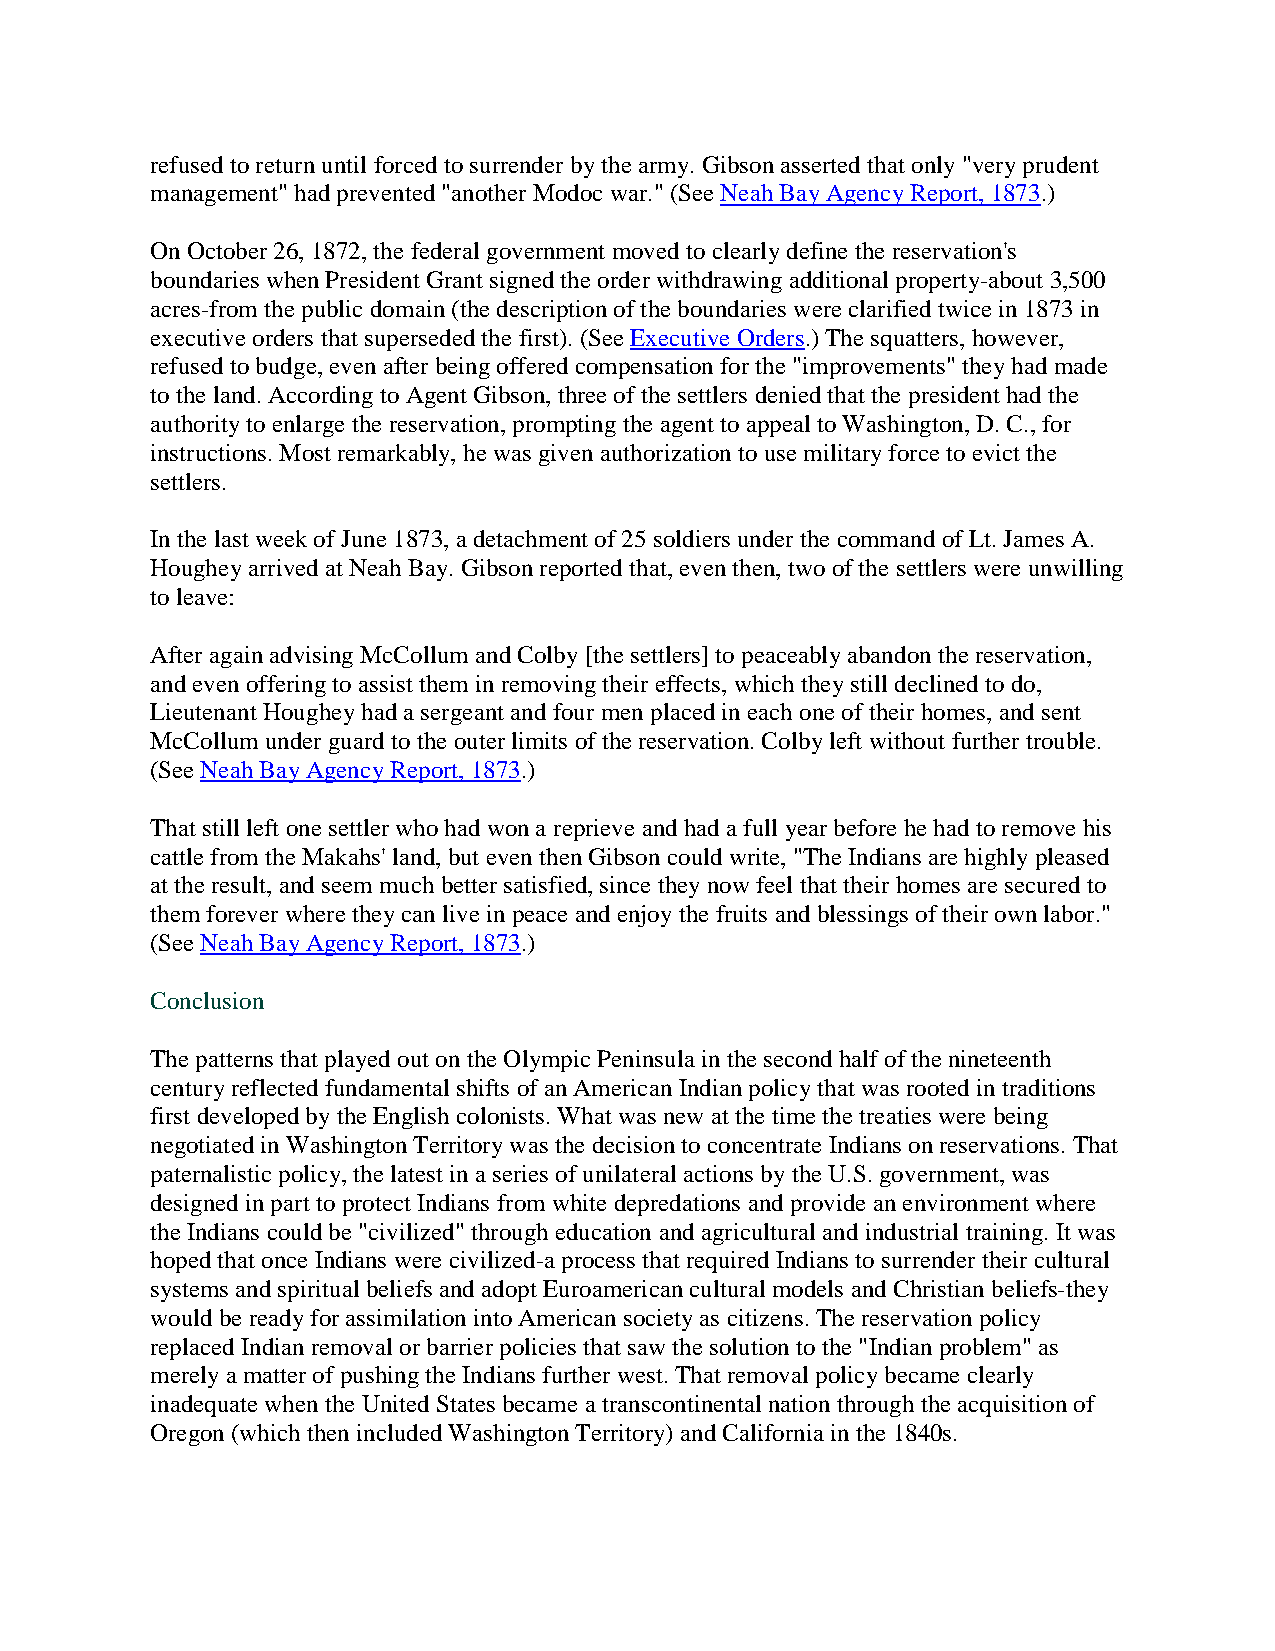
refused to return until forced to surrender by the army. Gibson asserted that only "very prudent
 management" had prevented "another Modoc war." (See Neah Bay Agency Report, 1873.)
 On October 26, 1872, the federal government moved to clearly define the reservation's
 boundaries when President Grant signed the order withdrawing additional property-about 3,500
 acres-from the public domain (the description of the boundaries were clarified twice in 1873 in
 executive orders that superseded the first). (See Executive Orders.) The squatters, however,
 refused to budge, even after being offered compensation for the "improvements" they had made
 to the land. According to Agent Gibson, three of the settlers denied that the president had the
 authority to enlarge the reservation, prompting the agent to appeal to Washington, D. C., for
 instructions. Most remarkably, he was given authorization to use military force to evict the
 settlers.
 In the last week of June 1873, a detachment of 25 soldiers under the command of Lt. James A.
 Houghey arrived at Neah Bay. Gibson reported that, even then, two of the settlers were unwilling
 to leave:
 After again advising McCollum and Colby [the settlers] to peaceably abandon the reservation,
 and even offering to assist them in removing their effects, which they still declined to do,
 Lieutenant Houghey had a sergeant and four men placed in each one of their homes, and sent
 McCollum under guard to the outer limits of the reservation. Colby left without further trouble.
 (See Neah Bay Agency Report, 1873.)
 That still left one settler who had won a reprieve and had a full year before he had to remove his
 cattle from the Makahs' land, but even then Gibson could write, "The Indians are highly pleased
 at the result, and seem much better satisfied, since they now feel that their homes are secured to
 them forever where they can live in peace and enjoy the fruits and blessings of their own labor."
 (See Neah Bay Agency Report, 1873.)
 Conclusion
 The patterns that played out on the Olympic Peninsula in the second half of the nineteenth
 century reflected fundamental shifts of an American Indian policy that was rooted in traditions
 first developed by the English colonists. What was new at the time the treaties were being
 negotiated in Washington Territory was the decision to concentrate Indians on reservations. That
 paternalistic policy, the latest in a series of unilateral actions by the U.S. government, was
 designed in part to protect Indians from white depredations and provide an environment where
 the Indians could be "civilized" through education and agricultural and industrial training. It was
 hoped that once Indians were civilized-a process that required Indians to surrender their cultural
 systems and spiritual beliefs and adopt Euroamerican cultural models and Christian beliefs-they
 would be ready for assimilation into American society as citizens. The reservation policy
 replaced Indian removal or barrier policies that saw the solution to the "Indian problem" as
 merely a matter of pushing the Indians further west. That removal policy became clearly
 inadequate when the United States became a transcontinental nation through the acquisition of
 Oregon (which then included Washington Territory) and California in the 1840s.